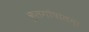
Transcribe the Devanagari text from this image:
कुलगोपालम्‌।